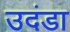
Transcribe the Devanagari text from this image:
उदंडा